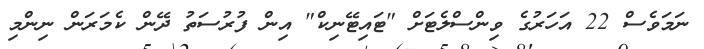
ނަމަވެސް 22 އަހަރުގެ ވިންސްލެޓަށް "ޓައިޓޭނިކް" އިން ފުރުސަތު ދޭން ކެމަރަން ނިންމި